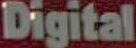
Digital